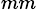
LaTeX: {_{mm}}